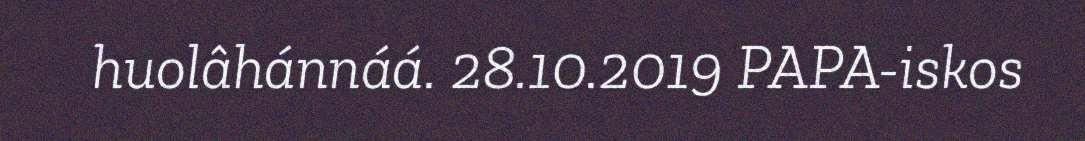
huolâhánnáá. 28.10.2019 PAPA-iskos